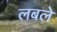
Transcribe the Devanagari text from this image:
लबले